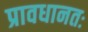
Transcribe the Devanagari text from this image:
प्रावधानतः